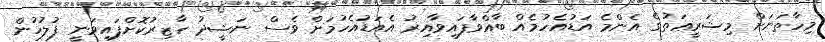
މިހާތަނަށް މިޝަރީޢަތުގެ އެންމެ އަޑުއެހުމެއް ބާއްވާފައިވާއިރު އެއަޑުއެހުމަށް ވެސް ނަޝީދު ހާޒިރުކޮށްފައިވަނީ ފުލުހުން